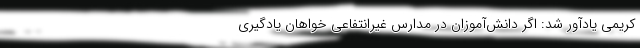
کریمی یادآور شد: اگر دانش‌آموزان در مدارس غیرانتفاعی خواهان یادگیری